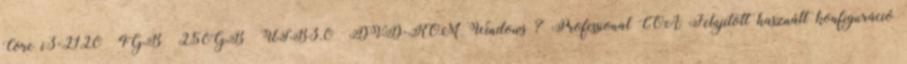
Core i3-2120 4GB 250GB USB3.0 DVD-ROM Windows 7 Professional COA Felújított használt konfiguráció